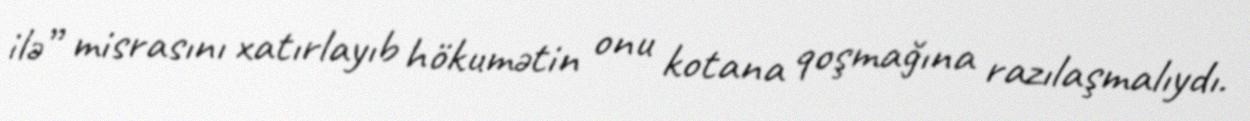
ilə” misrasını xatırlayıb hökumətin onu kotana qoşmağına razılaşmalıydı.